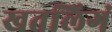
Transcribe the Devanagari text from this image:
खतलिगं